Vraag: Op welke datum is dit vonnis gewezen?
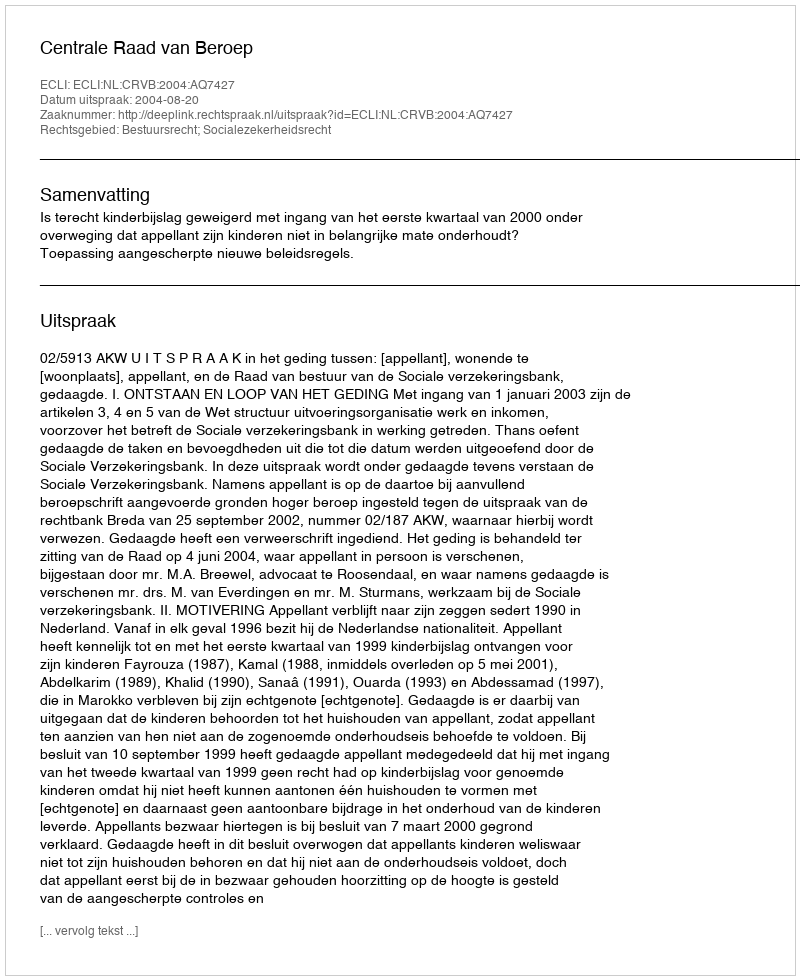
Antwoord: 2004-08-20